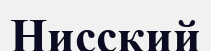
Нисский